Vaccination in Burma 1889-1999 - 1889-1999
Year: 1889
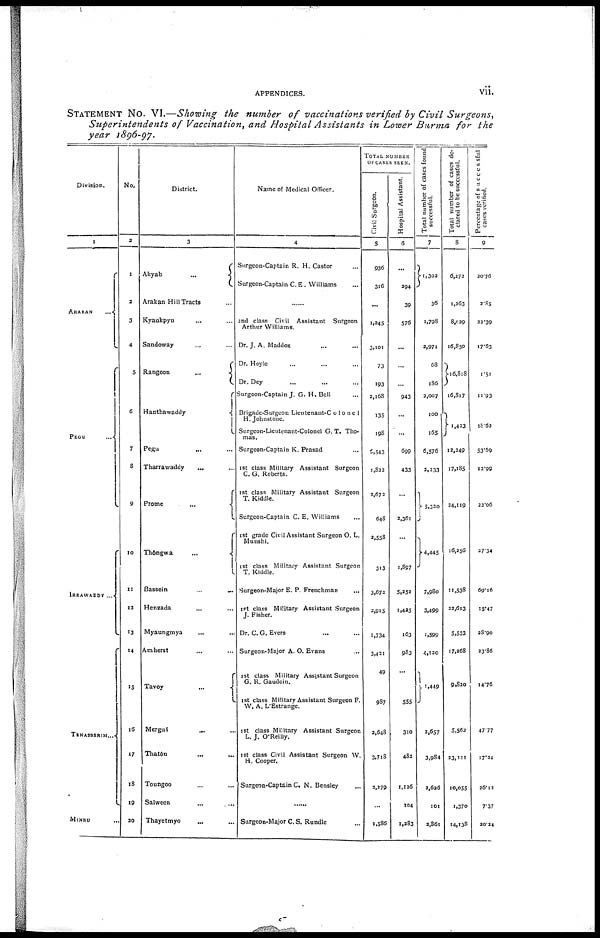
APPENDICES.
vii.
STATEMENT No. VI.—Showing the number of vaccinations verified by Civil
Surgeons,
Superintendents
of Vaccination, and Hospital Assistants in Lower Burma for the
year 1896-97.
Division.
1
ARAKAN
...
PEGU ...
IRRAWADDY ...
TENASSERIM...
MINBU ...
No.
2
1
3
3
4
5
6
7
8
9
10
11
12
13
14
15
16
17
18
19
20
District.
3
Akyab
...
Arakan Hill Tracts
Kyaukpyu ... ...
Sandoway ... ...
Rangoon
...
Hanthawaddy
Pegu ... ...
Tharrawaddy ... ...
Prome
...
Thôngwa
...
Bassein
...
...
Henzada ... ...
Myaungmya
... ...
Amherst ... ...
Tavoy
...
...
Mergui ... ...
Thatôn ... ...
Toungoo ... ...
Salween ... ...
Thayetmyo ... ...
Name of Medical Officer.
4
Surgeon-Captain R. H. Castor ...
Surgeon-Captain C. E. Williams ...
2nd class Civil Assistant Surgeon
Arthur Williams.
Dr. J. A. Maddox ... ...
Dr. Hoyle ... ... ...
Dr. Dey ... ... ...
Surgeon-Captain J. G. H. Bell
Brigade-Surgeon Lientenant-Co1one1
H.Johnstone.
Surgeon-Lieutenant-Colonel G. T. Tho-
mas.
Surgeon-Captain K. Prasad ...
1st class Military Assistant Surgeon
C. G. Roberts.
1st class Military Assistant Surgeon
T. Kiddle.
Surgeon-Captain C. E. Williams ...
1st grade Civil Assistant Surgeon O. L.
Munshi.
1st class Military Assistant Surgeon
T. Kiddle.
Surgeon-Major E. P. Frenchman
1st class Military Assistant Surgeon
J. Fisher.
Dr. C. G. Evers ...
Surgeon-Major A. O. Evans
1st class Military Assistant Surgeon
G. R. Gaudoin.
1st class Military Assistant Surgeon F.
W. A. L'Estrange.
1st class Military Assistant Surgeon
L. J. O'Reilly.
1st class Civil Assistant Surgeon W.
H. Cooper.
Surgeon-Captain C. N. Bensley ...
......
Surgeon-Major C. S. Rundle
TOTAL NUMBER
OF CASES SEEN.
Civil Surgeon.
5
936
316
...
1,245
3,101
73
193
2,168
135
198
2,543
1,822
3,673
648
2,558
313
3,673
2,915
1,734
3,431
49
987
3,648
3,718
2,279
...
1,586
Hospital Assistant.
6
...
394
39
576
...
...
...
943
...
...
699
433
...
2,361
...
1,897
5,352
1,425
163
983
...
555
310
483
1,126
104
1,283
Total number of cases found
successful.
7
1,303
36
1,798
3,971
68
186
2,007
100
165
6,576
2,233
5,320
4,445
7,980
3,499
1,599
4,120
1,449
2,657
3,984
3,636
101
2,861
Total number of cases de-
clared to be successful.
8
6,373
1,263
8,039
16,850
16,818
16,817
1,433
12,249
17,185
24,119
16,256
11,538
22,613
5,533
17,268
9,820
5,563
23,111
10,055
1,370
14,138
Percentage of successful
cases verified.
9
20.76
2.85
22.39
17.63
1.51
11.93
18.62
53.69
12.99
22.06
27.34
69.16
15.47
38.90
23.86
14.76
47.77
17.24
26.12
7.37
20.24